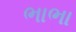
ભાભા